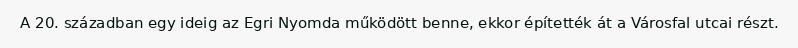
A 20. században egy ideig az Egri Nyomda működött benne, ekkor építették át a Városfal utcai részt.